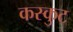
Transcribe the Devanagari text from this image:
कस्कुट